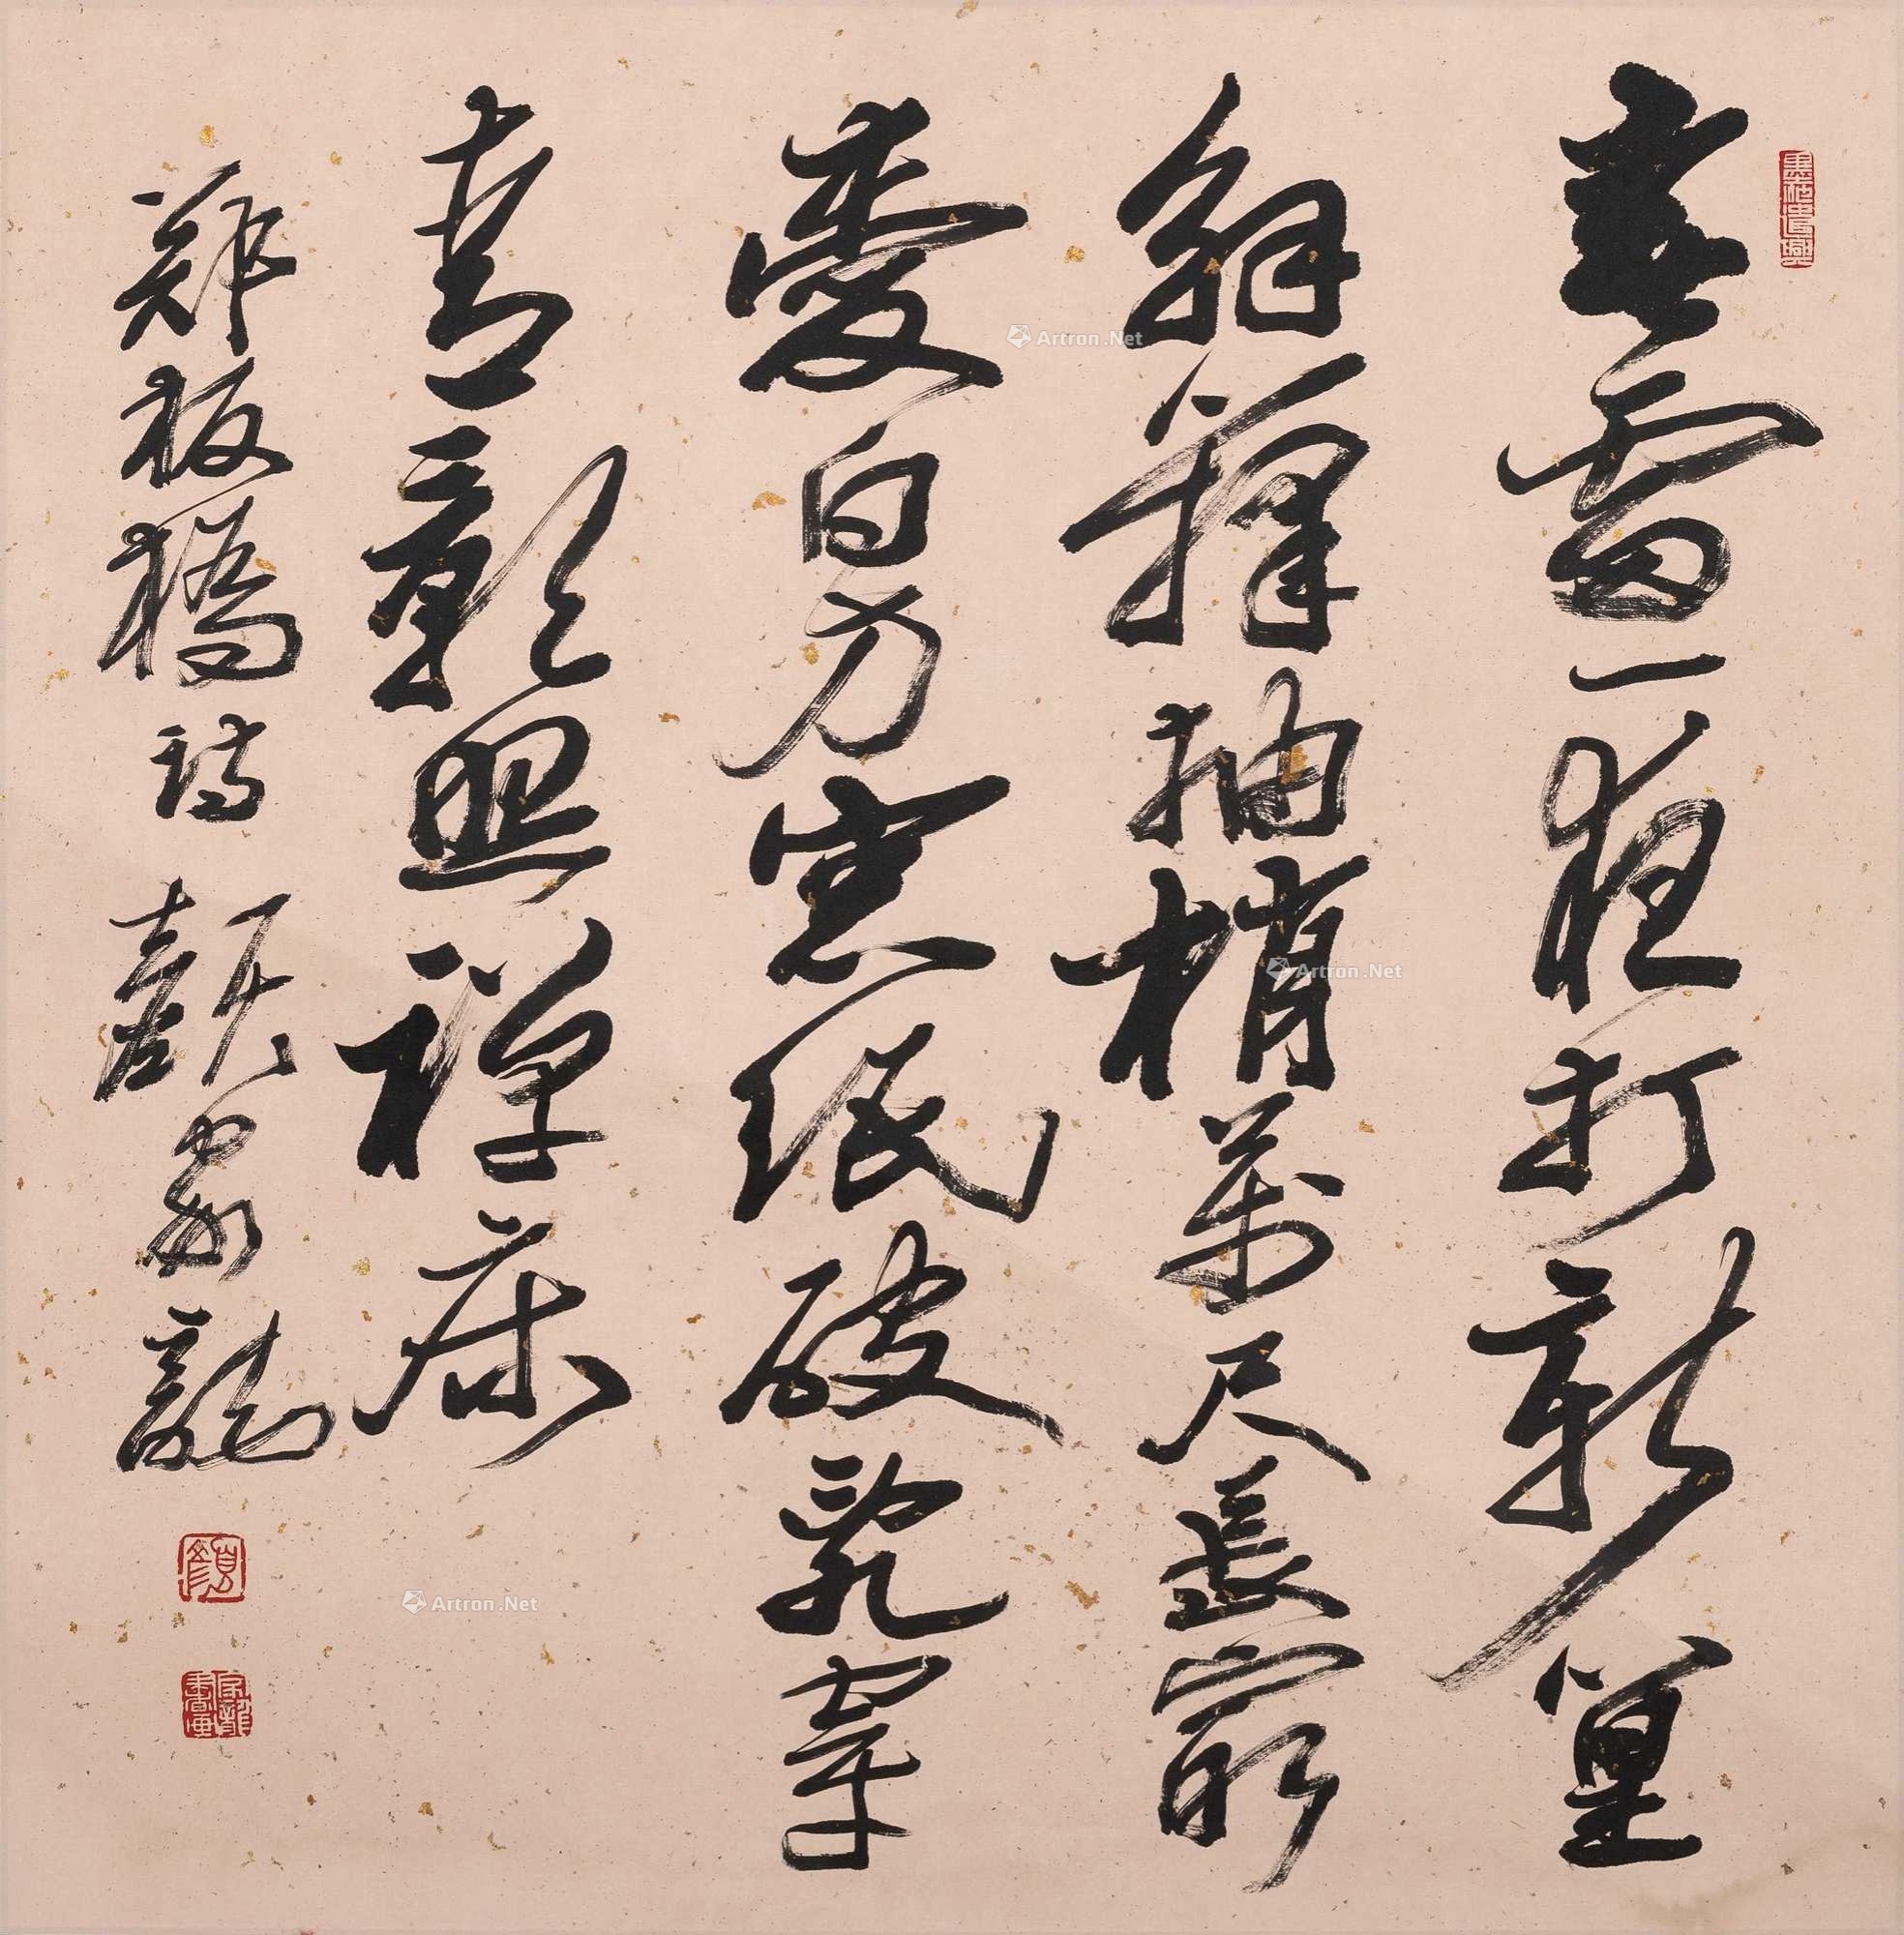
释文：春雷一夜打新篁，解箨抽梢万尺长。最爱白方窗纸破。乱穿青影照禅床。郑板桥诗颜家龙。